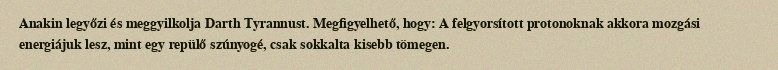
Anakin legyőzi és meggyilkolja Darth Tyrannust. Megfigyelhető, hogy: A felgyorsított protonoknak akkora mozgási energiájuk lesz, mint egy repülő szúnyogé, csak sokkalta kisebb tömegen.